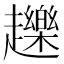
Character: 䟏